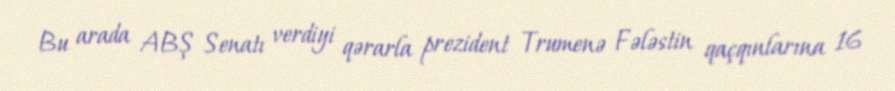
Bu arada ABŞ Senatı verdiyi qərarla prezident Trumenə Fələstin qaçqınlarına 16